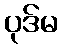
ပုဒ်မ